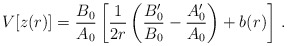
\begin{align*}V[z(r)] = {B_0\over A_0}\left[ {1\over 2r}\left({B_0'\over B_0}-{A'_0\over A_0}\right) +b(r)\right]\,.\end{align*}